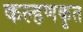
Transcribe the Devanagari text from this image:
कल्हणकृत